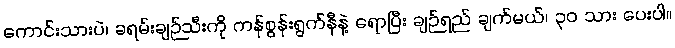
ကောင်းသားပဲ၊ ခရမ်းချဉ်သီးကို ကန်စွန်းရွက်နီနဲ့ ရောပြီး ချဉ်ရည် ချက်မယ်၊ ၃၀ သား ပေးပါ။